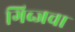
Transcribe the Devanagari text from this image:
गिब्जचा